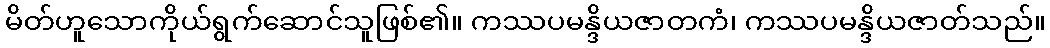
မိတ်ဟူသောကိုယ်ရွက်ဆောင်သူဖြစ်၏။ ကဿပမန္ဒိယဇာတကံ၊ ကဿပမန္ဒိယဇာတ်သည်။